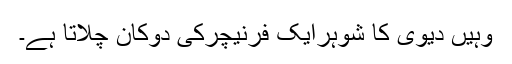
وہیں دیوی کا شوہرایک فرنیچرکی دوکان چلاتا ہے۔